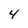
Character: 4